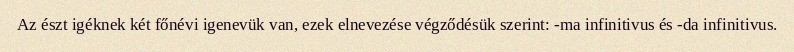
Az észt igéknek két főnévi igenevük van, ezek elnevezése végződésük szerint: -ma infinitivus és -da infinitivus.